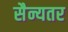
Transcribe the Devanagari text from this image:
सैन्यतर